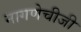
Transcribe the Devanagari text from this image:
नागणेचीजी